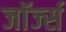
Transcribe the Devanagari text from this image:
जाॅर्ज्स